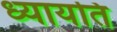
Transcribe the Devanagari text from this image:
ध्यायति